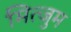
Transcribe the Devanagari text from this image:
मित्जुम